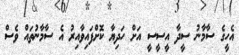
އެހީގެ ސާމާނު ސީދާ އީސީސީ އަށް ހަދިޔާ ކޮށްފައިވާއިރު އެ ސާމާނުތައް ވެސް